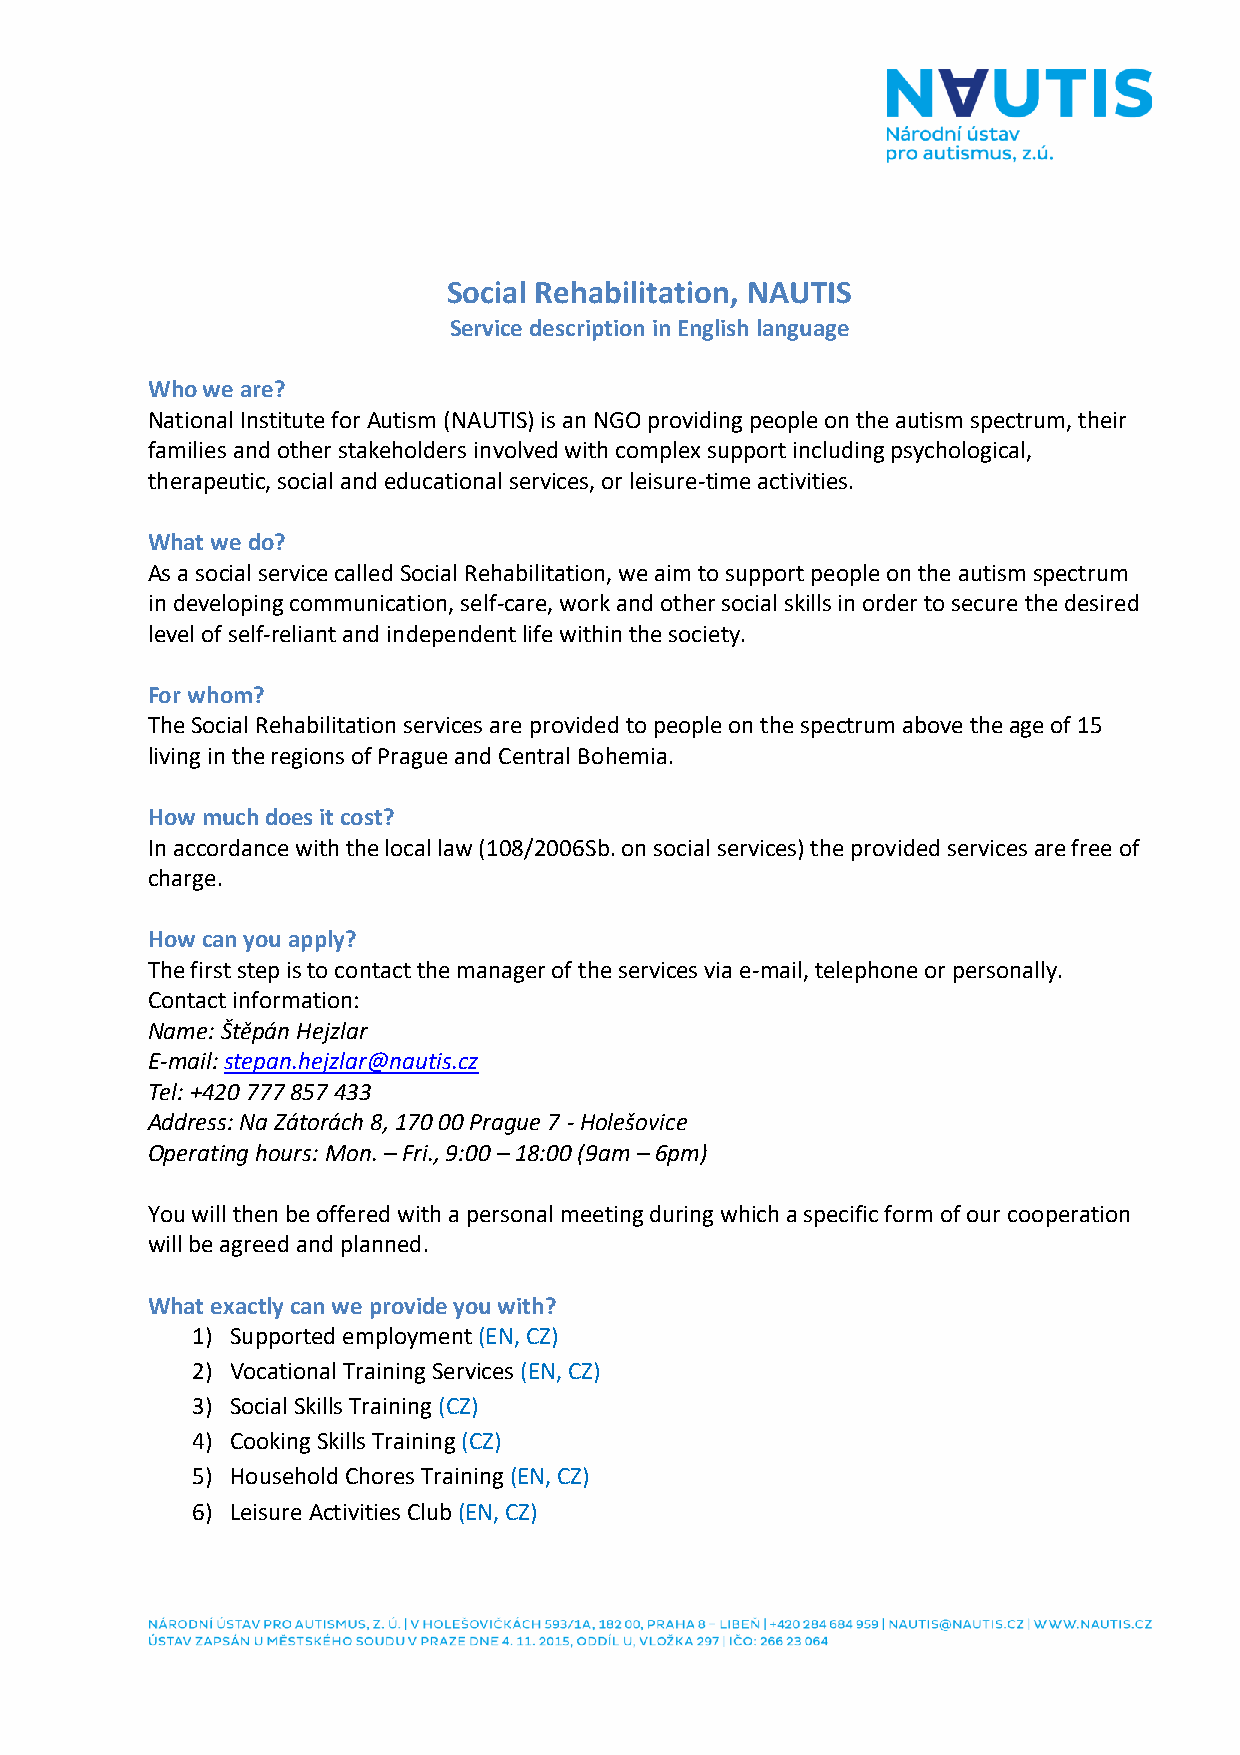
Social Rehabilitation, NAUTIS
 Service description in English language
 Who we are?
 National Institute for Autism (NAUTIS) is an NGO providing people on the autism spectrum, their
 families and other stakeholders involved with complex support including psychological,
 therapeutic, social and educational services, or leisure-time activities.
 What we do?
 As a social service called Social Rehabilitation, we aim to support people on the autism spectrum
 in developing communication, self-care, work and other social skills in order to secure the desired
 level of self-reliant and independent life within the society.
 For whom?
 The Social Rehabilitation services are provided to people on the spectrum above the age of 15
 living in the regions of Prague and Central Bohemia.
 How much does it cost?
 In accordance with the local law (108/2006Sb. on social services) the provided services are free of
 charge.
 How can you apply?
 The first step is to contact the manager of the services via e-mail, telephone or personally.
 Contact information:
 Name: Štěpán Hejzlar
 E-mail: stepan.hejzlar@nautis.cz
 Tel: +420 777 857 433
 Address: Na Zátorách 8, 170 00 Prague 7 - Holešovice
 Operating hours: Mon. – Fri., 9:00 – 18:00 (9am – 6pm)
 You will then be offered with a personal meeting during which a specific form of our cooperation
 will be agreed and planned.
 What exactly can we provide you with?
 1) Supported employment (EN, CZ)
 2) Vocational Training Services (EN, CZ)
 3) Social Skills Training (CZ)
 4) Cooking Skills Training (CZ)
 5) Household Chores Training (EN, CZ)
 6) Leisure Activities Club (EN, CZ)